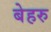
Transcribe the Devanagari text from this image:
बेहरु